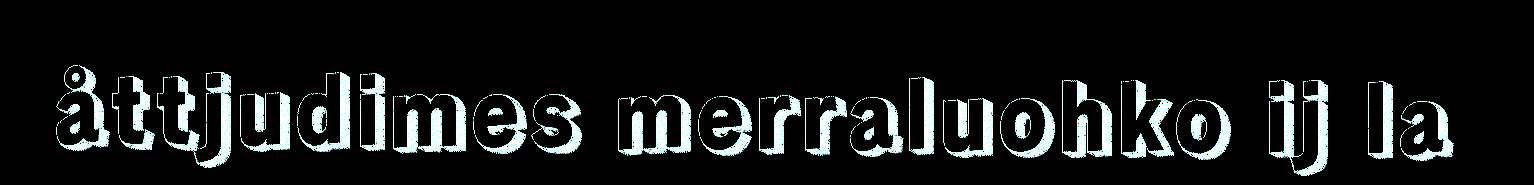
åttjudimes merraluohko ij la